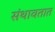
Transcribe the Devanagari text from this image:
संथावतात